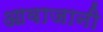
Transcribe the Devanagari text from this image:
आवाजानी